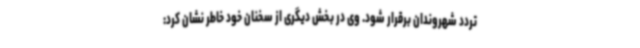
تردد شهروندان برقرار شود. وی در بخش دیگری از سخنان خود خاطر نشان کرد: